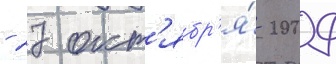
- 27 окт'ябр'я́ 2009